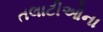
તલાટીઓના